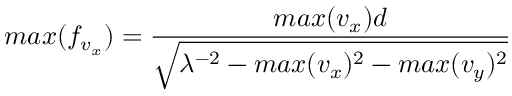
m a x ( f _ { v _ { x } } ) = \frac { m a x ( v _ { x } ) d } { \sqrt { \lambda ^ { - 2 } - m a x ( v _ { x } ) ^ { 2 } - m a x ( v _ { y } ) ^ { 2 } } }